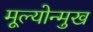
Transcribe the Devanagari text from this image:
मूल्योन्मुख